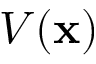
V ( \mathbf { x } )